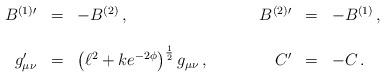
LaTeX: \begin{align*}\begin{array}{rclrcl}B^{(1)\prime} & = & -B^{(2)}\, , &B^{(2)\prime} & = & -B^{(1)}\, ,\\& & & & &\\g_{\mu\nu}^{\prime} & = & \left( \ell^{2}+ke^{-2\phi} \right)^{\frac{1}{2}} g_{\mu\nu}\, ,\hspace{1cm}&C^{\prime} & = & -C\, .\end{array}\end{align*}